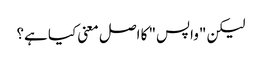
لیکن "واپس" کا اصل معنی کیا ہے؟